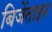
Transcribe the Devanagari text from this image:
बिजेंताइन